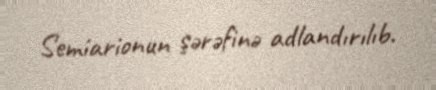
Semiarionun şərəfinə adlandırılıb.